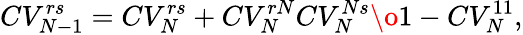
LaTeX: CV_{N-1}^{rs}=CV_{N}^{rs}+{CV_{N}^{rN}CV_{N}^{Ns}\o 1-CV_{N}^{11}},